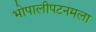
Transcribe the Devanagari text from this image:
भोपालीपटनमला